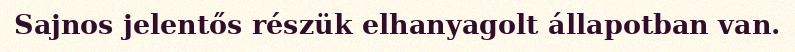
Sajnos jelentős részük elhanyagolt állapotban van.